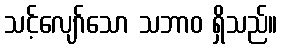
သင့်လျော်သော သဘာဝ ရှိသည်။